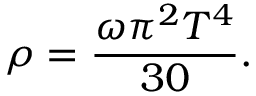
\rho = \frac { \omega \pi ^ { 2 } T ^ { 4 } } { 3 0 } .